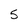
Character: 5